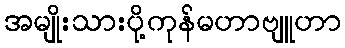
အမျိုးသားပို့ကုန်မဟာဗျူဟာ